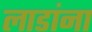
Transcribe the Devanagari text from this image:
लाडांना